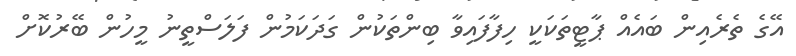
އޭގެ ތެރެއިން ބައެއް ޕާޓީތަކަކީ ހިފާފައިވާ ބިންތަކުން ގަދަކަމުން ފަލަސްތީނު މީހުން ބޭރުކޮށް